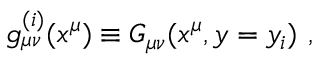
g _ { \mu \nu } ^ { ( i ) } ( x ^ { \mu } ) \equiv G _ { \mu \nu } ( x ^ { \mu } , y = y _ { i } ) ~ , ~ \,